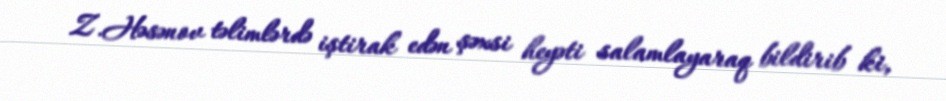
Z.Həsənov təlimlərdə iştirak edən şəxsi heyəti salamlayaraq bildirib ki,